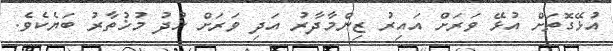
އުޅޭގޮތަށް އުޅޭ ވަރަށް އައިރު ޒިންމާދާރު އަދި ވަރަށް ޚުދު މުޚުތާރު ބަޔެކެވެ.